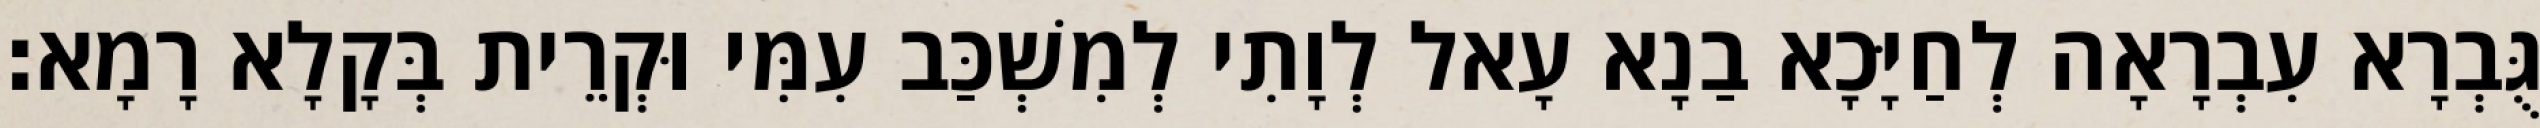
גֻּבְרָא עִבְרָאָה לְחַיָּכָא בַנָא עָאל לְוָתִי לְמִשְׁכַּב עִמִּי וּקְרֵית בְּקָלָא רָמָא׃